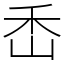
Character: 㟀